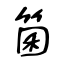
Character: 箘